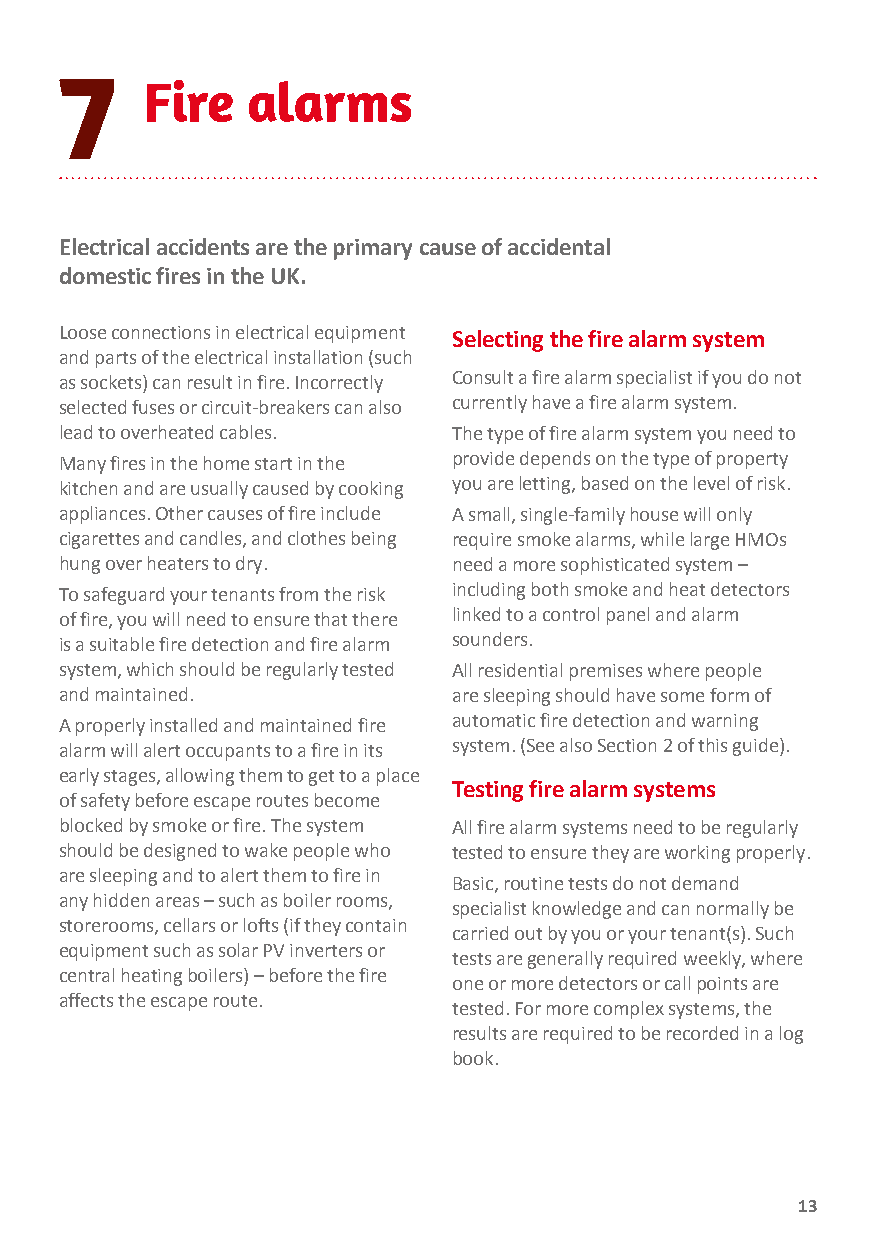
7
 Fire  alarms
 Electrical accidents are the primary cause of accidental
 domestic fires in the UK.
 Loose connections in electrical equipment Selecting the fire alarm system
 and parts of the electrical installation (such
 as sockets) can result in fire. Incorrectly Consult a fire alarm specialist if you do not
 selected fuses or circuit-breakers can also currently have a fire alarm system.
 lead to overheated cables. The type of fire alarm system you need to
 Many fires in the home start in the provide depends on the type of property
 kitchen and are usually caused by cooking you are letting, based on the level of risk.
 appliances. Other causes of fire include A small, single-family house will only
 cigarettes and candles, and clothes being require smoke alarms, while large HMOs
 hung over heaters to dry. need a more sophisticated system –
 To safeguard your tenants from the risk including both smoke and heat detectors
 of fire, you will need to ensure that there linked to a control panel and alarm
 is a suitable fire detection and fire alarm sounders.
 system, which should be regularly tested All residential premises where people
 and maintained.           are sleeping should have some form of
 A properly installed and maintained fire automatic fire detection and warning
 alarm will alert occupants to a fire in its system. (See also Section 2 of this guide).
 early stages, allowing them to get to a place
 Testing fire alarm systems
 of safety before escape routes become
 blocked by smoke or fire. The system All fire alarm systems need to be regularly
 should be designed to wake people who tested to ensure they are working properly.
 are sleeping and to alert them to fire in
 Basic, routine tests do not demand
 any hidden areas – such as boiler rooms,
 specialist knowledge and can normally be
 storerooms, cellars or lofts (if they contain
 carried out by you or your tenant(s). Such
 equipment such as solar PV inverters or
 tests are generally required weekly, where
 central heating boilers) – before the fire
 one or more detectors or call points are
 affects the escape route.
 tested. For more complex systems, the
 results are required to be recorded in a log
 book.
 13